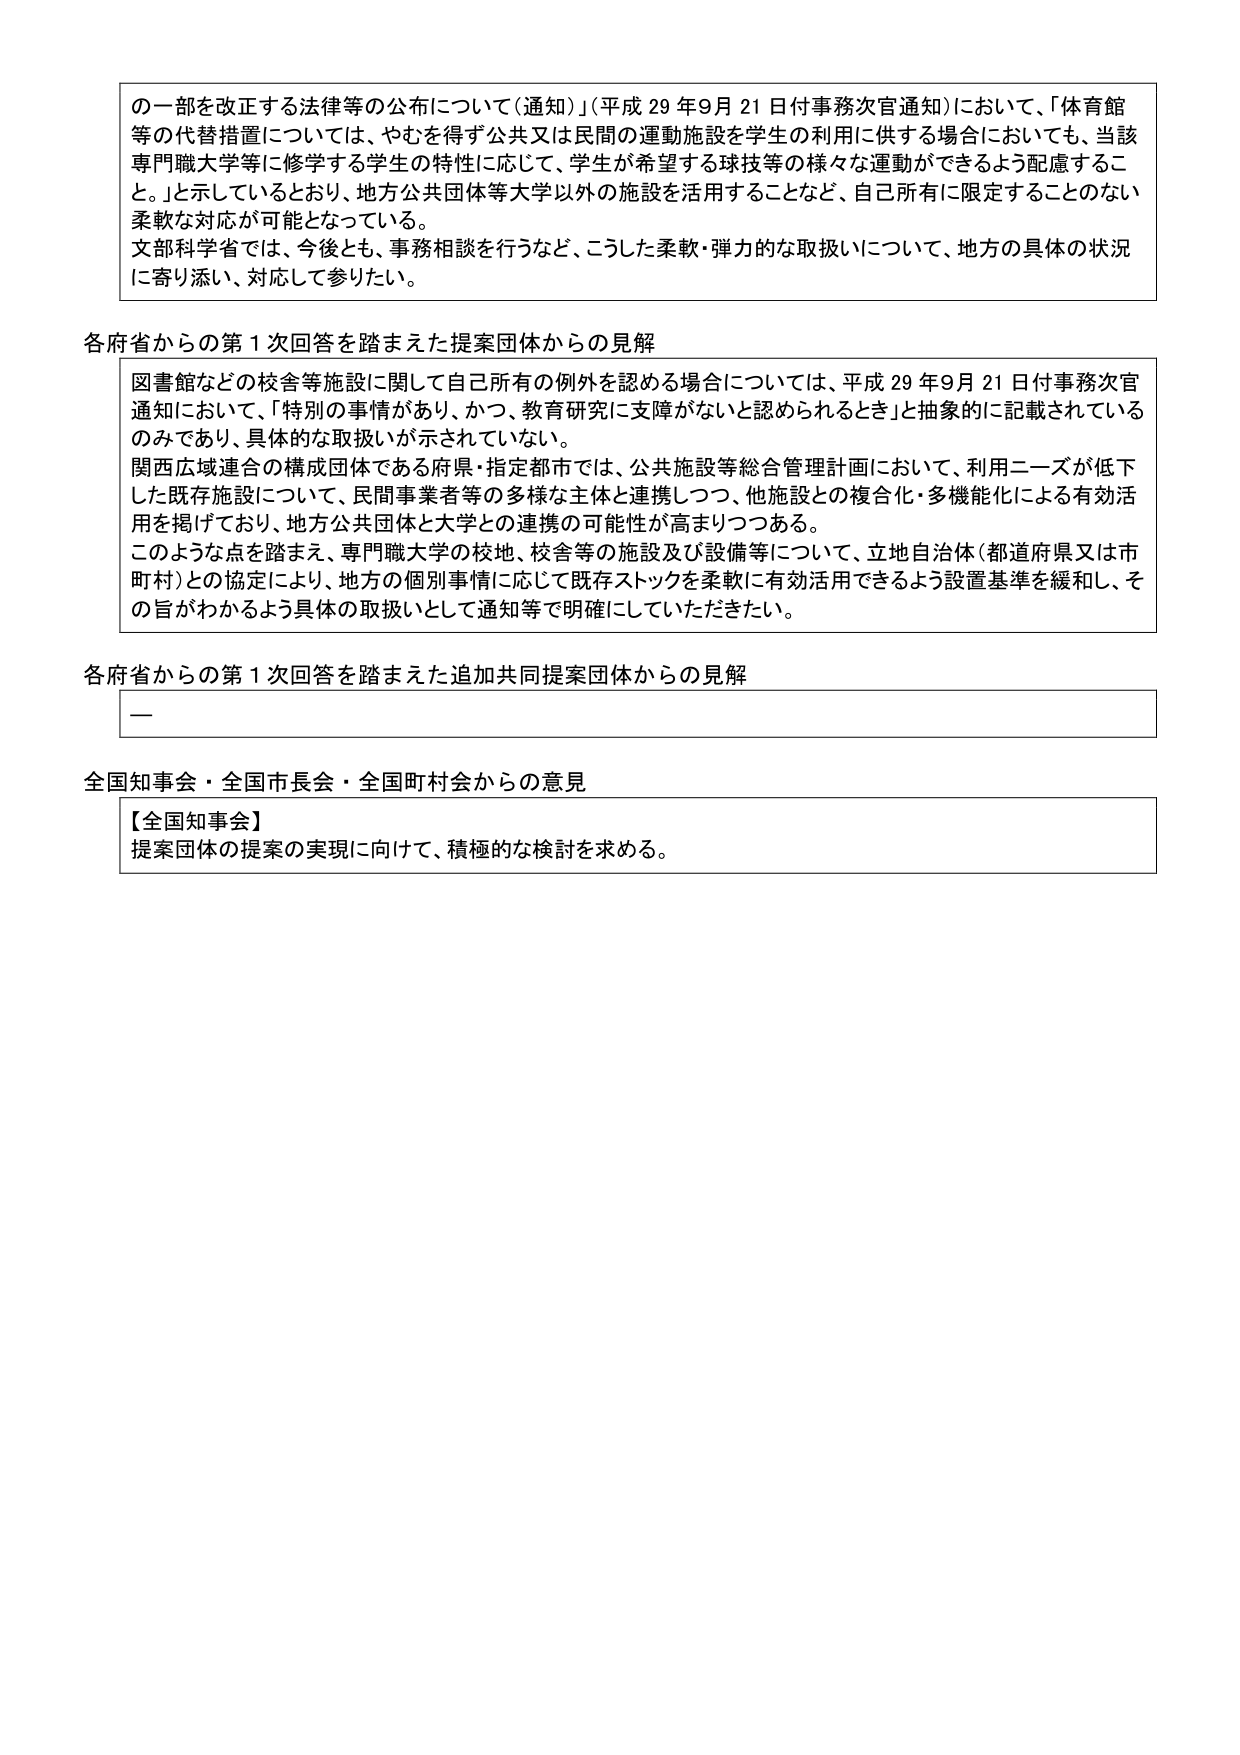
の一部を改正する法律等の公布について（通知）」（平成29年9月21日付事務次官通知）において、「体育館等の代替措置については、やむを得ず公共又は民間の運動施設を学生の利用に供する場合においても、当該専門職大学等に修学する学生の特性に応じて、学生が希望する球技等の様々な運動ができるよう配慮すること。」と示しているとおり、地方公共団体等大学以外の施設を活用することなど、自己所有に限定することのない柔軟な対応が可能となっている。

文部科学省では、今後とも、事務相談を行うなど、こうした柔軟・弾力的な取扱いについて、地方の具体の状況に寄り添い、対応して参りたい。

各府省からの第1次回答を踏まえた提案団体からの見解

図書館などの校舎等施設に関して自己所有の例外を認める場合については、平成29年9月21日付事務次官通知において、「特別の事情があり、かつ、教育研究に支障がないと認められるとき」と抽象的に記載されているのみであり、具体的な取扱いが示されていない。

関西広域連合の構成団体である府県・指定都市では、公共施設等総合管理計画において、利用ニーズが低下した既存施設について、民間事業者等の多様な主体と連携しつつ、他施設との複合化・多機能化による有効活用を掲げており、地方公共団体と大学との連携の可能性が高まりつつある。

このような点を踏まえ、専門職大学の校地、校舎等の施設及び設備等について、立地自治体（都道府県又は市町村）との協定により、地方の個別事情に応じて既存ストックを柔軟に有効活用できるよう設置基準を緩和し、その旨がわかるよう具体的な取扱いとして通知等で明確にしていただきたい。

各府省からの第1次回答を踏まえた追加共同提案団体からの見解

—

全国知事会・全国市長会・全国町村会からの意見

【全国知事会】
提案団体の提案の実現に向けて、積極的な検討を求める。